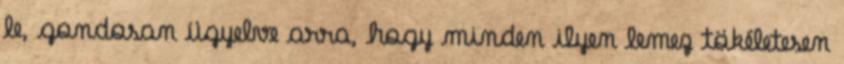
le, gondosan ügyelve arra, hogy minden ilyen lemez tökéletesen